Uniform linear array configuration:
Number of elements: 4
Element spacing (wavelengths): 0.25
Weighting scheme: cosine
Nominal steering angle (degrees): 30
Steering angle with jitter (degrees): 31.634
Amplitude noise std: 0.05
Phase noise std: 0.05

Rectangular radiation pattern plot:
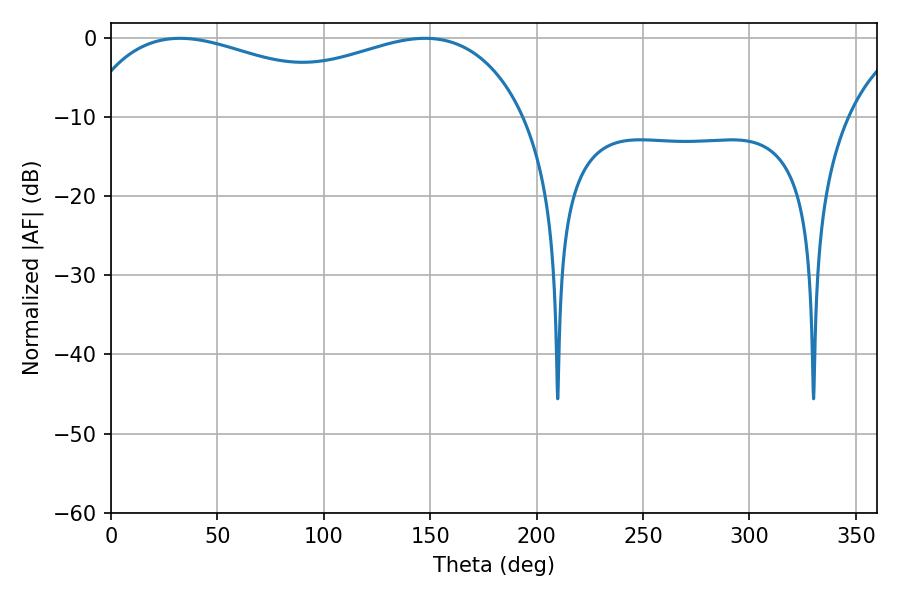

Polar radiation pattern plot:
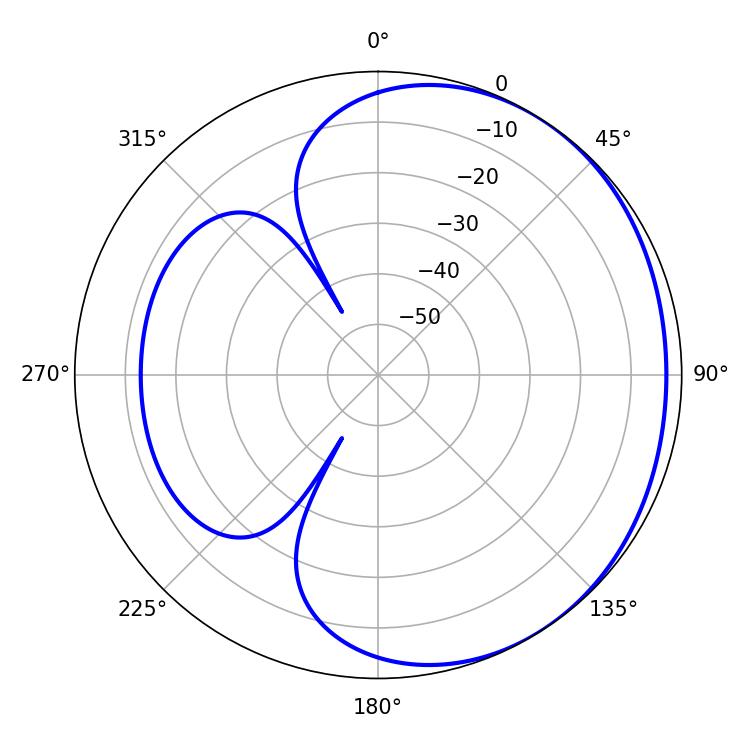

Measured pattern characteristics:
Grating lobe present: FALSE
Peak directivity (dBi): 1.684
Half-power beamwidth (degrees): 82.44
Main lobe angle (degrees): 32.4